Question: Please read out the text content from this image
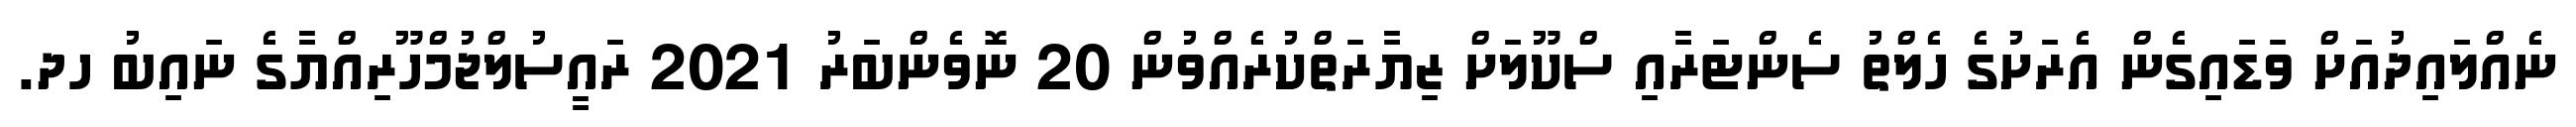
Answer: ނެއްލައިދުއަށް ވަޑައިގެން އެރަށުގެ ހެލްތު ސެންޓަރާއި ސްކޫލަށް ޒިޔާރަތްކުރެއްވުން 20 ނޮވެންބަރު 2021 ރައީސުލްޖުމްހޫރިއްޔާގެ ނައިބު ހދ.